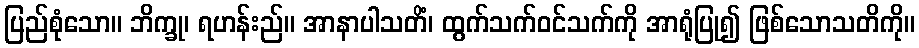
ပြည်စုံသော။ ဘိက္ခု၊ ရဟန်းည်။ အာနာပါသတိံ၊ ထွက်သက်ဝင်သက်ကို အာရုံပြု၍ ဖြစ်သောသတိကို။